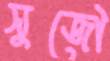
সুজৌ